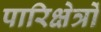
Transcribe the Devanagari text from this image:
पारिक्षेत्रों